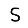
Digit: 5